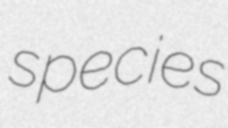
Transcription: species